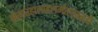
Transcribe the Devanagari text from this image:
संसारहालाहलमोहशान्त्यै